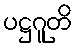
ပဋ္ဌဂူတိ